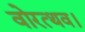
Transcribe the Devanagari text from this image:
वोरत्थव।